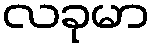
လခုမာ